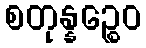
စတုန္နဉ္စေဝ